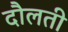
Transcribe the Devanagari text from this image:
दौलती